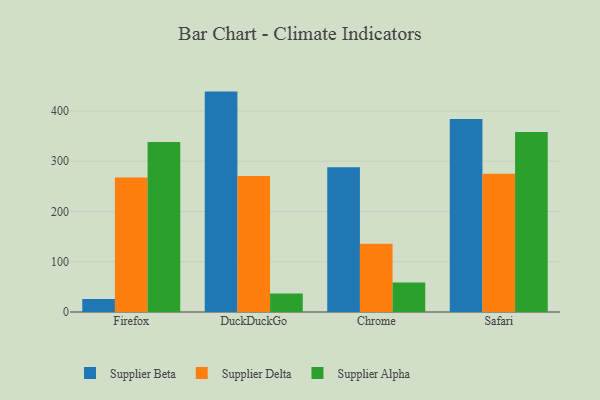
{"axis": {"x": "Browser", "y": "Shipments"}, "legend": ["Supplier Alpha", "Supplier Beta", "Supplier Delta"], "data": [{"x": "Firefox", "y": 26.0, "type": "Supplier Beta"}, {"x": "Firefox", "y": 267.8, "type": "Supplier Delta"}, {"x": "Firefox", "y": 338.2, "type": "Supplier Alpha"}, {"x": "DuckDuckGo", "y": 438.5, "type": "Supplier Beta"}, {"x": "DuckDuckGo", "y": 270.4, "type": "Supplier Delta"}, {"x": "DuckDuckGo", "y": 36.8, "type": "Supplier Alpha"}, {"x": "Chrome", "y": 288.2, "type": "Supplier Beta"}, {"x": "Chrome", "y": 135.6, "type": "Supplier Delta"}, {"x": "Chrome", "y": 58.5, "type": "Supplier Alpha"}, {"x": "Safari", "y": 384.0, "type": "Supplier Beta"}, {"x": "Safari", "y": 275.3, "type": "Supplier Delta"}, {"x": "Safari", "y": 357.9, "type": "Supplier Alpha"}]}